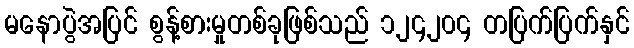
မနောပွဲအပြင် စွန့်စားမှုတစ်ခုဖြစ်သည် ၁၂၄၂၀၄ တပြက်ပြက်နှင်